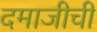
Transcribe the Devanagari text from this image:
दमाजीची